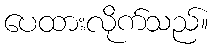
ပေထားလိုက်သည်။